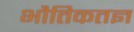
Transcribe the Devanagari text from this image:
भौतिकतज्ञ